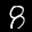
Label: 8